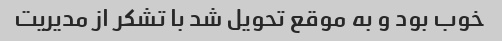
خوب بود و به موقع تحویل شد با تشکر از مدیریت